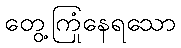
တွေ့ကြုံနေရသော